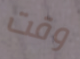
وقت